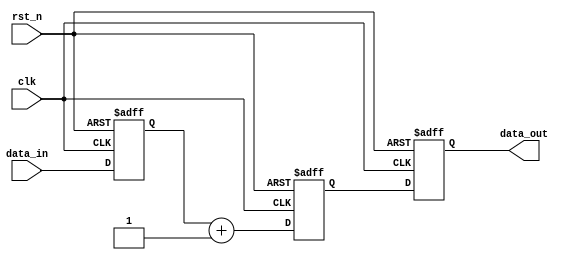
module reset_example (
    input wire clk,          // Clock signal
    input wire rst_n,       // Active-low reset signal
    input wire [7:0] data_in, // Input data
    output reg [7:0] data_out // Output data
);

// Define registers
reg [7:0] register_a;
reg [7:0] register_b;

// Initial state (for simulation purposes)
initial begin
    register_a = 8'b0; // Initialize register_a to 0
    register_b = 8'b0; // Initialize register_b to 0
    data_out = 8'b0;   // Initialize output to 0
end

// Asynchronous reset behavior
always @(posedge clk or negedge rst_n) begin
    if (!rst_n) begin
        // Reset condition
        register_a <= 8'b0; // Clear register_a
        register_b <= 8'b0; // Clear register_b
        data_out <= 8'b0;   // Clear output
    end else begin
        // Normal operation
        register_a <= data_in; // Sample input data
        register_b <= register_a + 1; // Example operation
        data_out <= register_b; // Output the result
    end
end

endmodule